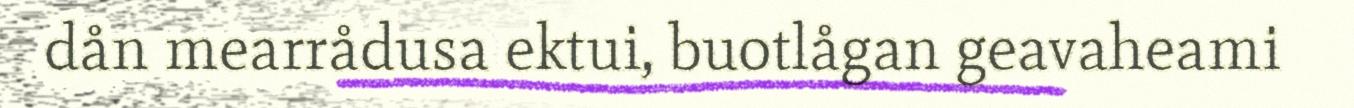
dån mearrådusa ektui, buotlågan geavaheami